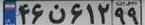
۴۶ن۶۱۲۹۹